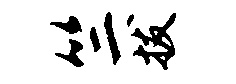
竺拔